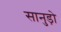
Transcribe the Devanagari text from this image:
सानुड़ो